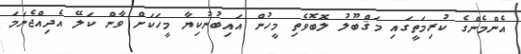
އެންމެންގެ ކުރިމަތީގައި މަޤްބޫލު ލޮބޮވެތި މީހުން އައިބުނުކިޔާ މީހަކަށް ވާން ކަލޭ އެދިއްޖެނަމަ